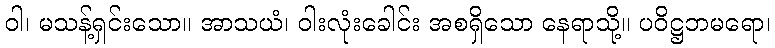
ဝါ၊ မသန့်ရှင်းသော။ အာသယံ၊ ဝါးလုံးခေါင်း အစရှိသော နေရာသို့။ ပဝိဋ္ဌဘမရော၊